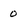
Character: 0